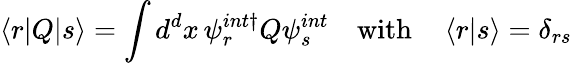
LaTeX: \left\langle r|Q|s\right\rangle=\int d^{d}x\, \psi_{r}^{int\dagger}Q\psi_{s}^{int}\quad\mathrm{with}\quad\left\langle r|s\right\rangle=\delta_{rs}